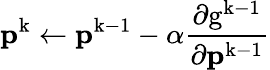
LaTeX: \mathbf{p^{\mathrm{k}}}\leftarrow\mathbf{p^{\mathrm{k-1}}}-\alpha\frac{\partial\mathrm{g^{k-1}}}{\partial\mathbf{p^{\mathrm{k-1}}}}